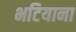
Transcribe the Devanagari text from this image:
भटियाना